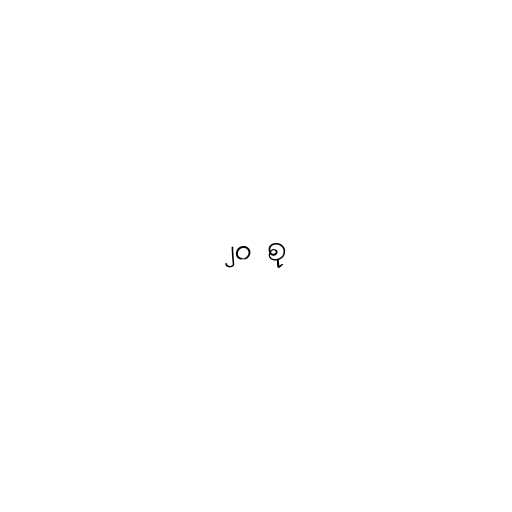
၂၀ စု